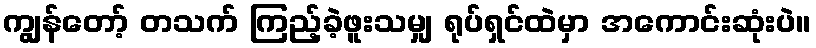
ကျွန်တော့် တသက် ကြည့်ခဲ့ဖူးသမျှ ရုပ်ရှင်ထဲမှာ အကောင်းဆုံးပဲ။